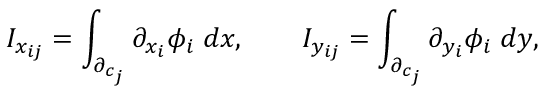
I _ { x _ { i j } } = \int _ { \partial _ { c _ { j } } } \partial _ { x _ { i } } \phi _ { i } \; d x , \qquad I _ { y _ { i j } } = \int _ { \partial _ { c _ { j } } } \partial _ { y _ { i } } \phi _ { i } \; d y ,